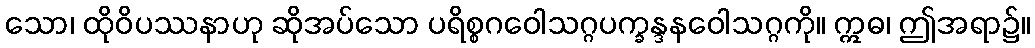
သော၊ ထိုဝိပဿနာဟု ဆိုအပ်သော ပရိစ္စဂဝေါသဂ္ဂပက္ခန္ဒနဝေါသဂ္ဂကို။ ဣဓ၊ ဤအရာ၌။